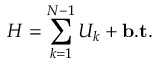
H = \sum _ { k = 1 } ^ { N - 1 } U _ { k } + { \bf b . t } .